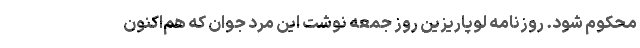
محکوم شود. روزنامه لوپاریزین روز جمعه نوشت این مرد جوان که هم‌اکنون